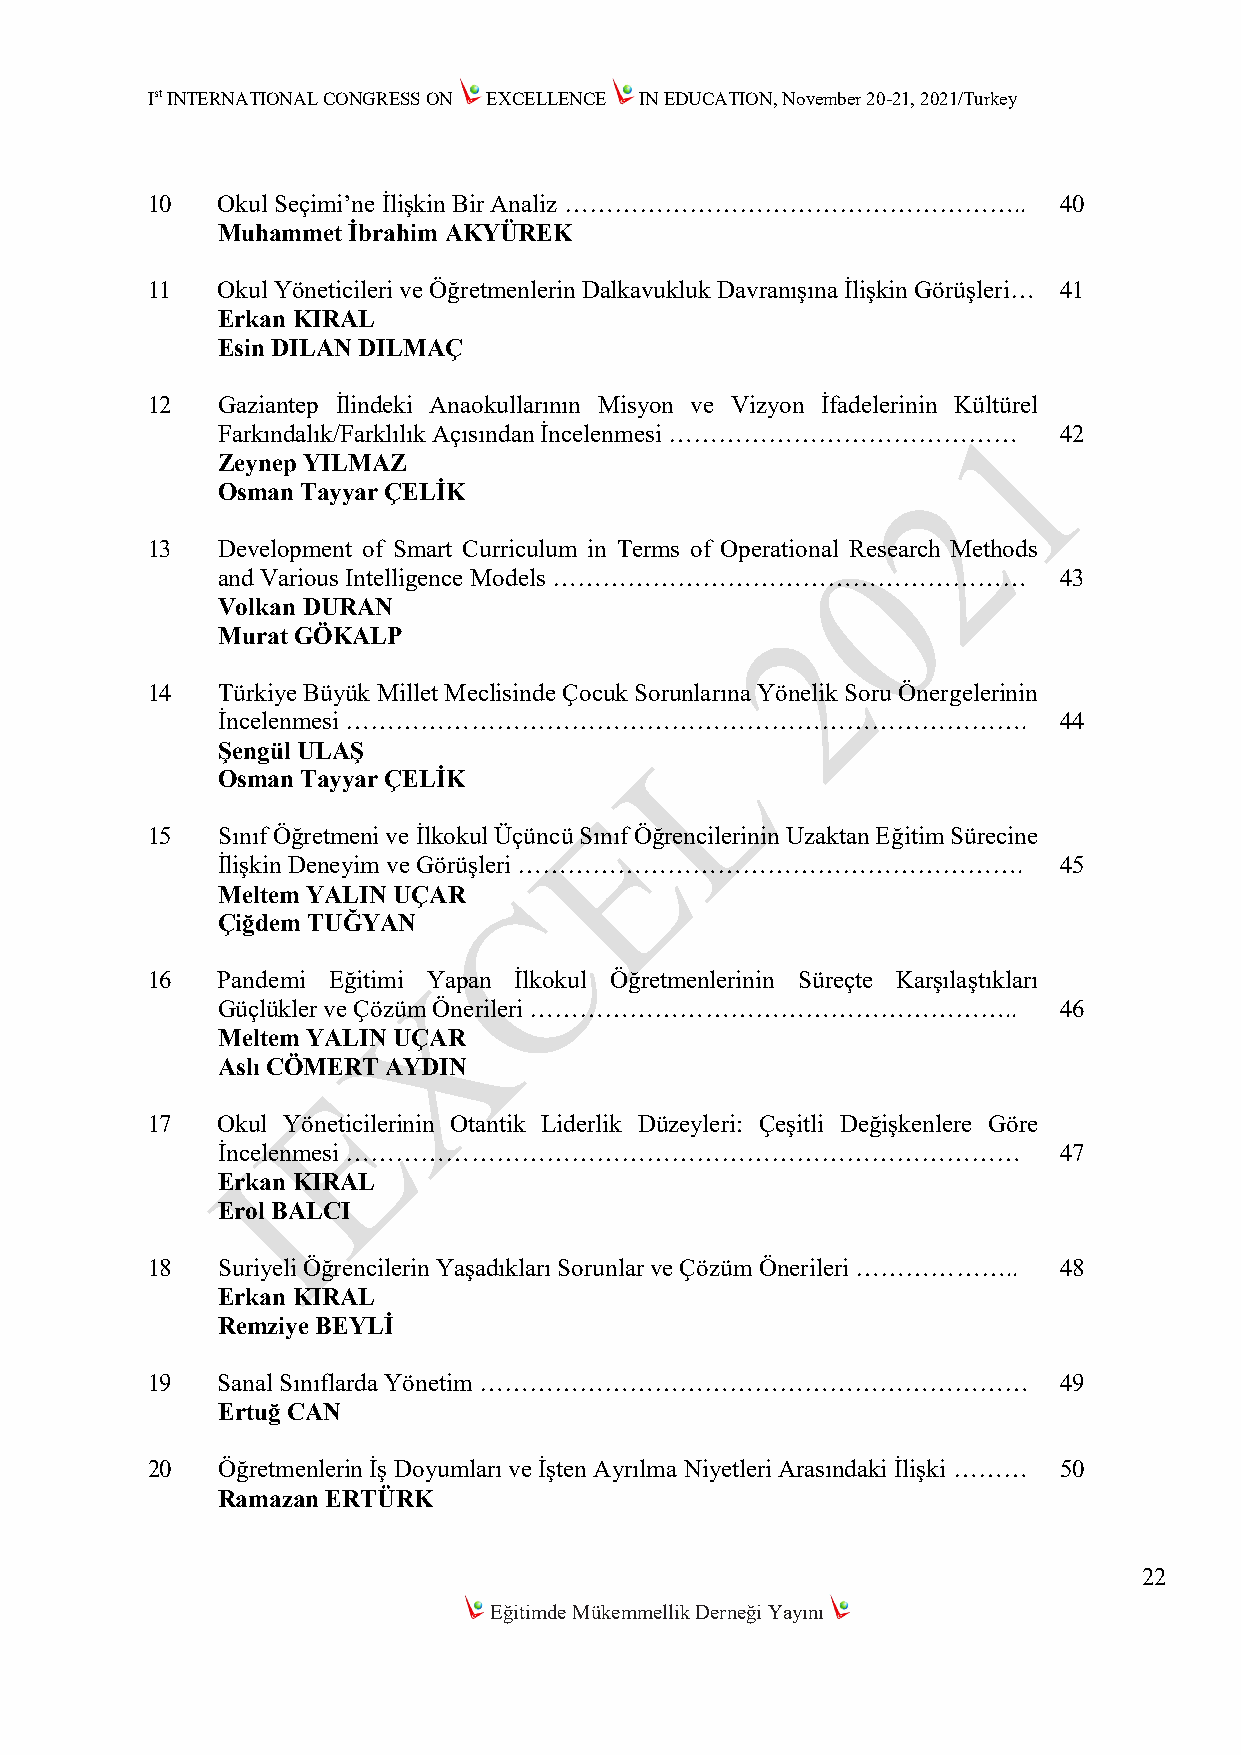
Ist INTERNATIONAL CONGRESS ON EXCELLENCE IN EDUCATION, November 20-21, 2021/Turkey
 10  Okul Seçimi’ne İlişkin Bir Analiz ………………………………………………..  40
 Muhammet İbrahim AKYÜREK
 11  Okul Yöneticileri ve Öğretmenlerin Dalkavukluk Davranışına İlişkin Görüşleri… 41
 Erkan KIRAL
 Esin DILAN DILMAÇ
 12  Gaziantep İlindeki Anaokullarının Misyon ve Vizyon İfadelerinin Kültürel
 Farkındalık/Farklılık Açısından İncelenmesi …………………………………… 42
 Zeynep YILMAZ
 Osman Tayyar ÇELİK
 13  Development of Smart Curriculum in Terms of Operational Research Methods
 and Various Intelligence Models …………………………………………………     43
 Volkan DURAN
 Murat GÖKALP
 14  Türkiye Büyük Millet Meclisinde Çocuk Sorunlarına Yönelik Soru Önergelerinin
 İncelenmesi ……………………………………………………………………….                44
 Şengül ULAŞ
 Osman Tayyar ÇELİK
 15  Sınıf Öğretmeni ve İlkokul Üçüncü Sınıf Öğrencilerinin Uzaktan Eğitim Sürecine
 İlişkin Deneyim ve Görüşleri …………………………………………………….      45
 Meltem YALIN UÇAR
 Çiğdem TUĞYAN
 16  Pandemi Eğitimi Yapan İlkokul Öğretmenlerinin Süreçte Karşılaştıkları
 Güçlükler ve Çözüm Önerileri …………………………………………………..      46
 Meltem YALIN UÇAR
 Aslı CÖMERT AYDIN
 17  Okul Yöneticilerinin Otantik Liderlik Düzeyleri: Çeşitli Değişkenlere Göre
 İncelenmesi ………………………………………………………………………                 47
 Erkan KIRAL
 Erol BALCI
 18  Suriyeli Öğrencilerin Yaşadıkları Sorunlar ve Çözüm Önerileri ……………….. 48
 Erkan KIRAL
 Remziye BEYLİ
 19  Sanal Sınıflarda Yönetim …………………………………………………………         49
 Ertuğ CAN
 20  Öğretmenlerin İş Doyumları ve İşten Ayrılma Niyetleri Arasındaki İlişki ……… 50
 Ramazan ERTÜRK
 22
 Eğitimde Mükemmellik Derneği Yayını